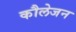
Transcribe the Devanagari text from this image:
कौलेजन